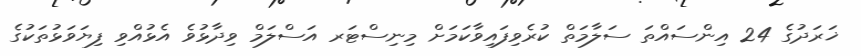
ޚަރަދުގެ 24 އިންސައްތަ ސަލާމަތް ކުރެވިފައިވާކަމަށް މިނިސްޓަރ އަސްލަމް ވިދާޅުވެ އެޅުއްވި ފިޔަވަޅުތަކުގެ